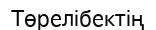
Төрелібектің